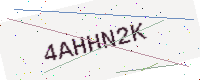
Text: 4AHHN2K